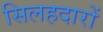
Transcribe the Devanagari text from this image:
सिलहदारों